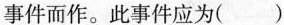
事件而作。此事件应为( )